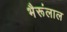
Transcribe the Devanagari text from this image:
भैरूंलाल